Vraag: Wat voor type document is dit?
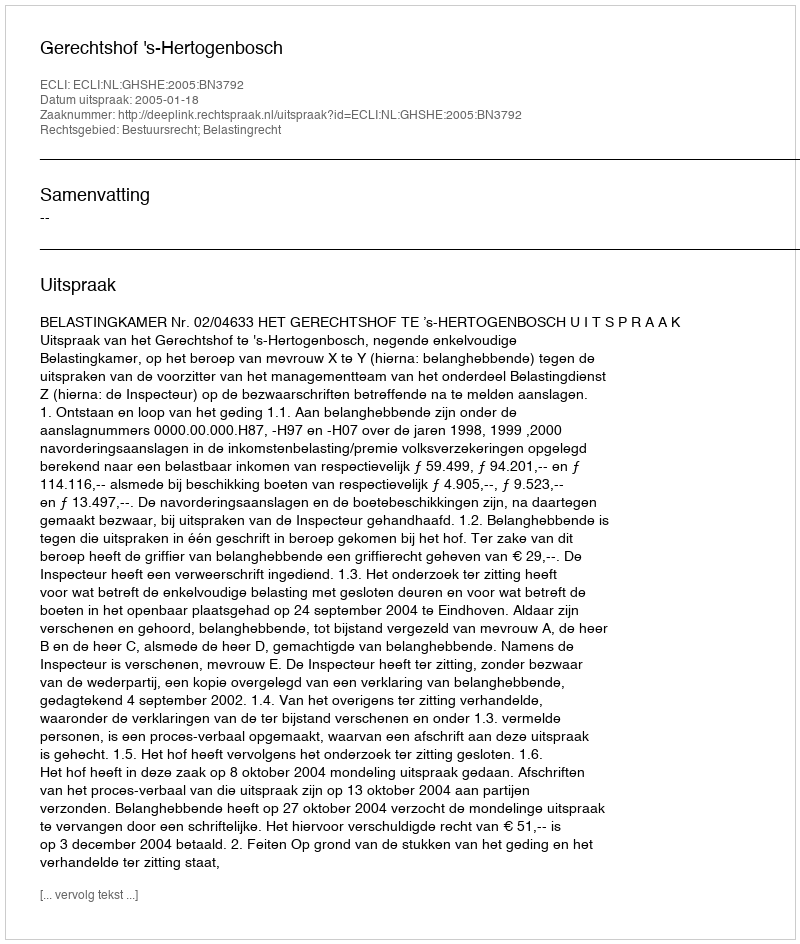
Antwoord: Uitspraak